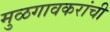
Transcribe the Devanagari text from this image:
मुळगावकरांची